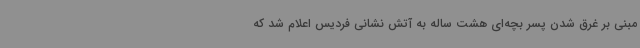
مبنی بر غرق شدن پسر بچه‌ای هشت ساله به آتش نشانی فردیس اعلام شد که